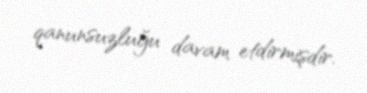
qanunsuzluğu davam etdirmişdir.